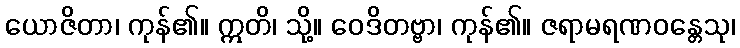
ယောဇိတာ၊ ကုန်၏။ ဣတိ၊ သို့။ ဝေဒိတဗ္ဗာ၊ ကုန်၏။ ဇရာမရဏဝန္တေသု၊